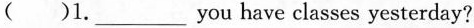
( )1. ___you have classes yesterday?